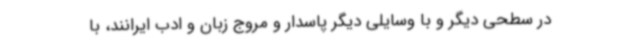
در سطحی دیگر و با وسایلی دیگر پاسدار و مروج زبان و ادب ایرانند، با